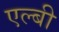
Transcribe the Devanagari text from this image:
एल्बी